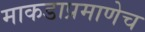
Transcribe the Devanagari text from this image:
माकडाप्रमाणेच